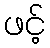
ဖင့်